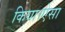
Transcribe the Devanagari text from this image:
किया।ऐसा